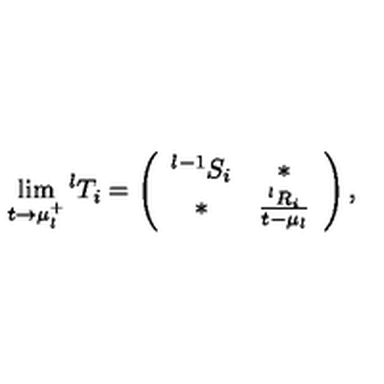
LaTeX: \lim _ { t \rightarrow \mu _ { l } ^ { + } } { } ^ { l } T _ { i } = \left( \begin{array} { c c c c } { { } ^ { l - 1 } S _ { i } } & { \ast } \\ { \ast } & { \frac { { } ^ { l } R _ { i } } { t - \mu _ { l } } } \\ \end{array} \right) ,